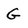
Character: G